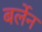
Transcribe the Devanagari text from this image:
बर्लेन